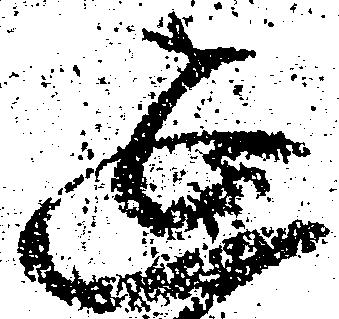
延